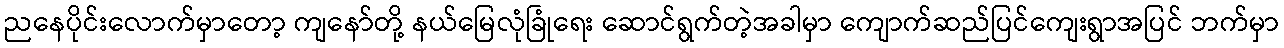
ညနေပိုင်းလောက်မှာတော့ ကျနော်တို့ နယ်မြေလုံခြုံရေး ဆောင်ရွက်တဲ့အခါမှာ ကျောက်ဆည်ပြင်ကျေးရွာအပြင် ဘက်မှာ